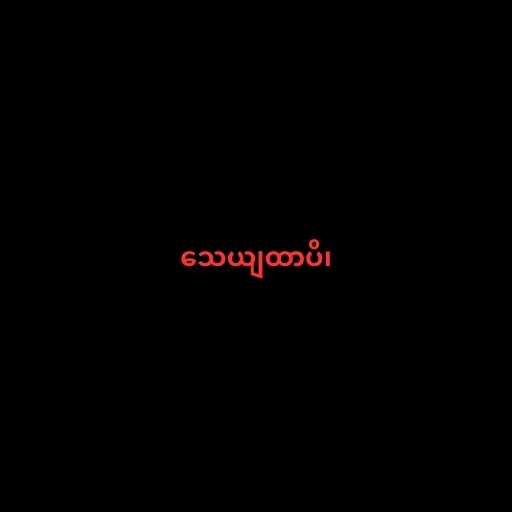
သေယျထာပိ၊